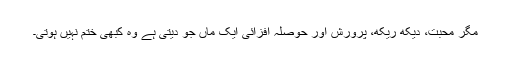
مگر محبت، دیکھ ریکھ، پرورش اور حوصلہ افزائی ایک ماں جو دیتی ہے وہ کبھی ختم نہیں ہوتی۔